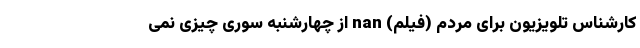
کارشناس تلویزیون برای مردم (فیلم) nan از چهارشنبه ‌سوری چیزی نمی